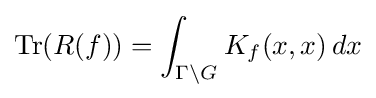
\displaystyle \operatorname {Tr} (R(f))=\int _{\Gamma \backslash G}K_{f}(x,x)\,dx